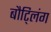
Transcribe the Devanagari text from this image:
बौट्लिंग